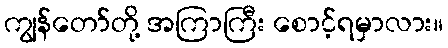
ကျွန်တော်တို့ အကြာကြီး စောင့်ရမှာလား။